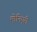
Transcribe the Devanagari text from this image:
मोनिएरी